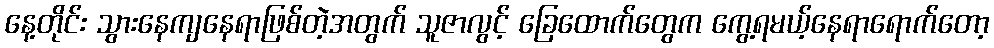
နေ့တိုင်း သွားနေကျနေရာဖြစ်တဲ့အတွက် သူဇာလွင့် ခြေထောက်တွေက ကွေ့ရမယ့်နေရာရောက်တော့